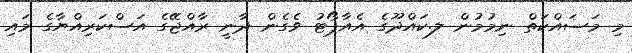
މި މަސައްކަތް ނިމުމުން ލ.ކައްދޫގެ އެއާޕޯޓު ވެގެން ދާނީ ރާއްޖޭގެ އަސްކަރިއްޔާގެ މައި